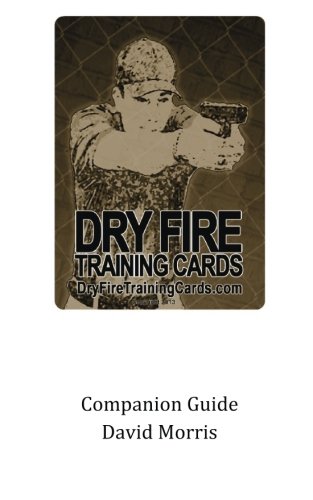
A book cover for Dry Fire Training Cards Companion Guide; David Morris; Sports & Outdoors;